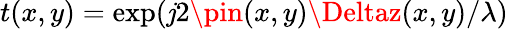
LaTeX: t(x,y)=\exp(\mathit{j}2\pin(x,y)\Deltaz(x,y)/\lambda)